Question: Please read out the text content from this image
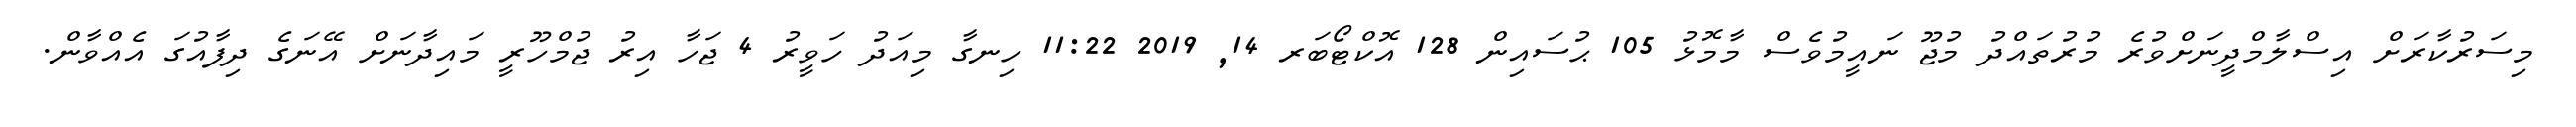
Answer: މިސަރުކާރަށް އިސްލާމްދީނަށްވުރެ މުރުތައްދު މުޖޫ ނައީމުވެސް މާމޮޅު 105 ޙުސައިން 128 އޮކްޓޯބަރ 14, 2019 11:22 ހިނގާ މިއަދު ހަވީރު 4 ޖަހާ އިރު ޖުމްހޫރީ މައިދާނަށް އޭނަގެ ދިފާއުގަ އެއްވާން.